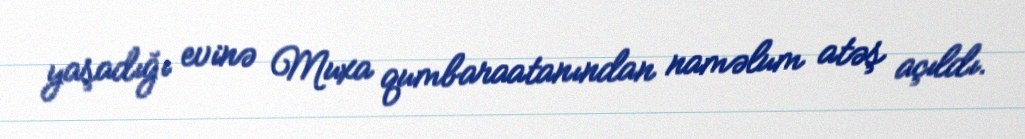
yaşadığı evinə Muxa qumbaraatanından naməlum atəş açıldı.